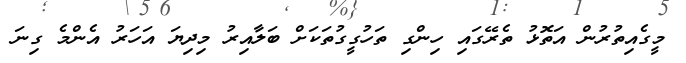
މީގެއިތުރުން އަތޮޅު ތެރޭގައި ހިންގި ތަހުގީގުތަކަށް ބަލާއިރު މިދިޔަ އަހަރު އެންމެ ގިނަ